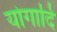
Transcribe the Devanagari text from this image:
योगादि